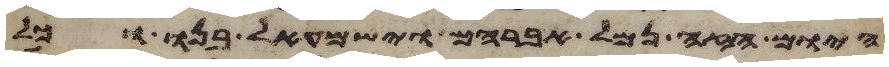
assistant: היום הזה נמל אברהם וישמעאל בנו וכל